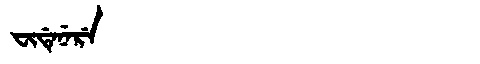
Manchu: ᠸᡳᡩᡝᠨᡝᡵᡝ
Romanization: FIDENERE